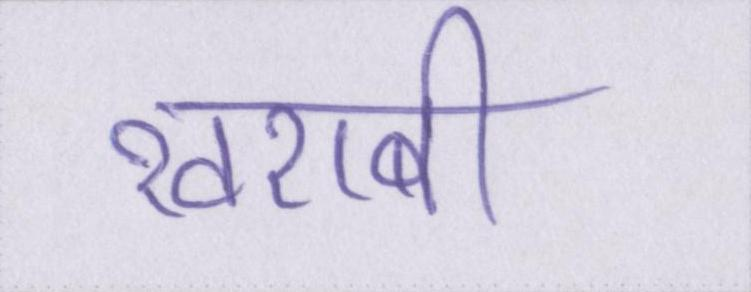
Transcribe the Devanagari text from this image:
खराबी